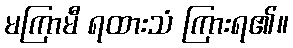
မကြာမီ ရထားသံ ကြားရ၏။